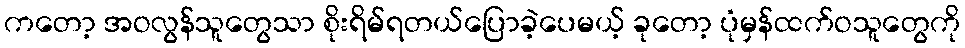
ကတော့ အဝလွန်သူတွေသာ စိုးရိမ်ရတယ်ပြောခဲ့ပေမယ့် ခုတော့ ပုံမှန်ထက်ဝသူတွေကို